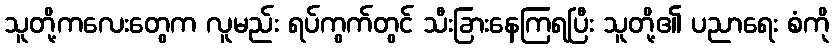
သူတို့ကလေးတွေက လူမည်း ရပ်ကွက်တွင် သီးခြားနေကြရပြီး သူတို့၏ ပညာရေး စံကို